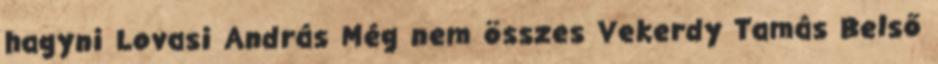
hagyni Lovasi András Még nem összes Vekerdy Tamás Belső